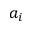
a _ { i }